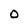
Character: 0